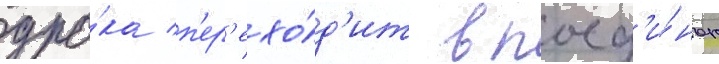
дра́ка п'ер'ехо́д'ит в поед'и́нок